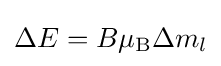
\Delta E=B\mu _{\rm {B}}\Delta m_{l}